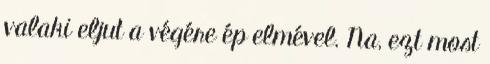
valaki eljut a végére ép elmével. Na, ezt most